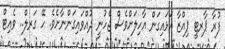
ފުރާ ޕާރޓީ ޕިއްޒާ އަޅައިގަން އާހިލަށްވެސް ޖެހުނީ ދުއްވައިގަންނާށެވެ. ހޭ ގަރލް.. ވެއިޓް